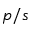
p / s